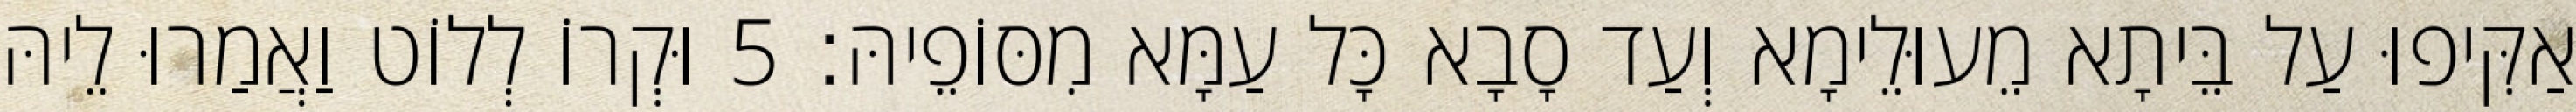
אַקִּיפוּ עַל בֵּיתָא מֵעוּלֵימָא וְעַד סָבָא כָּל עַמָּא מִסּוֹפֵיהּ׃ 5 וּקְרוֹ לְלוֹט וַאֲמַרוּ לֵיהּ